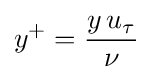
y^{+}={\frac {y\,u_{\tau }}{\nu }}